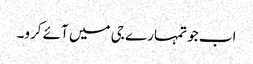
اب جو تمہارے جی میں آئے کرو۔